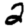
Digit: 2